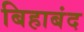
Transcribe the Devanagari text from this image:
बिहाबंद